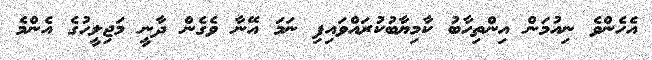
އެހެންވެ ނިއުމަން އިންތިހާބު ކާމިޔާބުކުރައްވައިފި ނަމަ އޭނާ ވެގެން ދާނީ މަޖިލީހުގެ އެންމެ